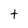
Character: t